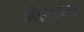
બોરાણા